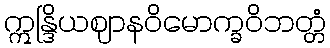
ဣန္ဒြိယဈာနဝိမောက္ခဝိဘတ္တံ